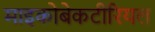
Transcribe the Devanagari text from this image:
माइकोबेकटीरियल